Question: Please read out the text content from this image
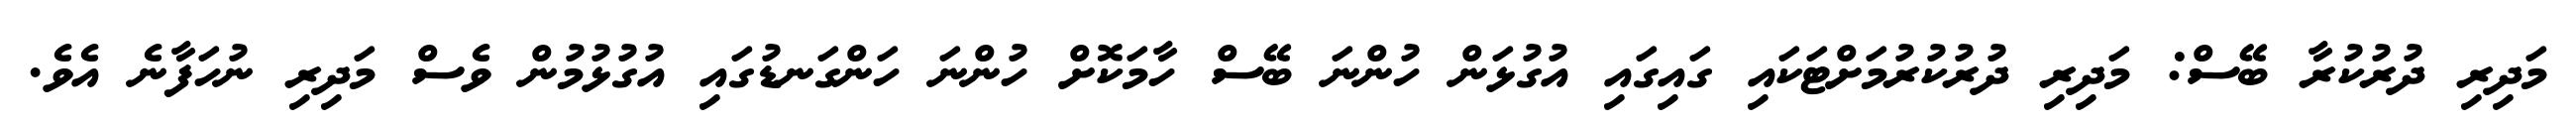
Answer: މަދިރި ދުރުކުރާ ބޭސް: މަދިރި ދުރުކުރުމަށްޓަކައި ގައިގައި އުގުޅަން ހުންނަ ބޭސް ހާމަކޮށް ހުންނަ ހަންގަނޑުގައި އުގުޅުމުން ވެސް މަދިރި ނުހަފާނެ އެވެ.